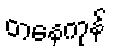
တနေကုန်